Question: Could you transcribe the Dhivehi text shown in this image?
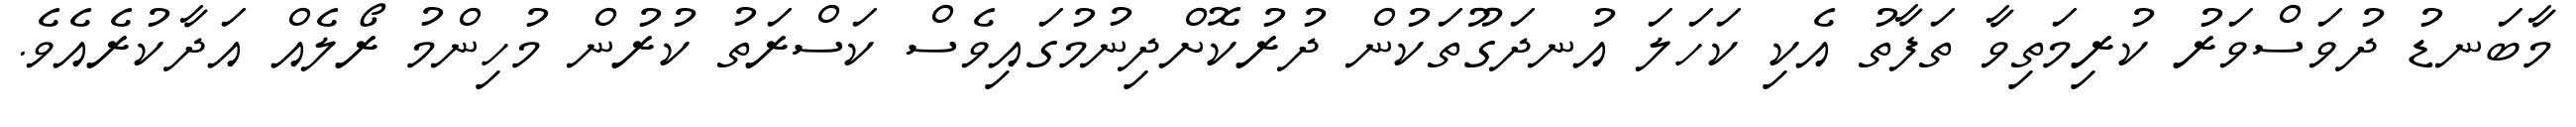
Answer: މާބަނޑު ދުވަސްވަރު ކުރިމަތިވާ ތަފާތު އެކި ކަހަލަ އުނދަގޫތަކުން ދުރުކޮށްދިނުމުގައިވެސް ކަސްރަތު ކުރުން މުހިންމު ރޯލެއް އަދާކުރެއެވެ.